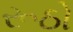
રૂઠો